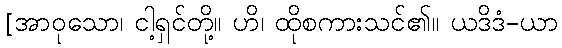
[အာဝုသော၊ ငါ့ရှင်တို့။ ဟိ၊ ထိုစကားသင်၏။ ယဒိဒံ-ယာ